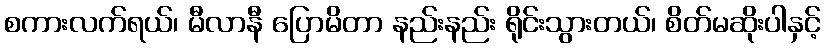
စကားလက်ရယ်၊ မီလာနီ ပြောမိတာ နည်းနည်း ရိုင်းသွားတယ်၊ စိတ်မဆိုးပါနှင့်